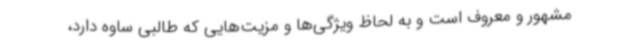
مشهور و معروف است و به لحاظ ویژگی‌ها و مزیت‌هایی که طالبی ساوه دارد،